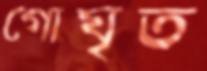
গোঘৃত